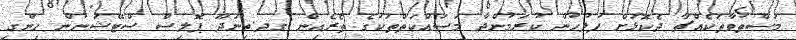
މަސްތުވާތަކެއްޗާ ދެކޮޅަށް ފުލުހުން ކުރަމުންދާ މަސައްކަތްތަކުގެ ތެރެއިން ގދ.ތިނަދޫ ޕޮލިސް ސްޓޭޝަނުން ހިންގި